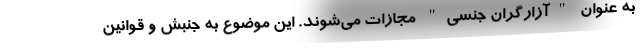
به عنوان "آزارگران جنسی" مجازات می‌شوند. این موضوع به جنبش و قوانین